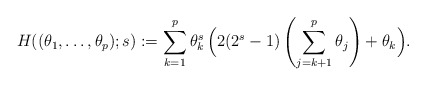
\begin{align*}H((\theta_{1},\ldots,\theta_{p});s):=\sum_{k=1}^{p}\theta_{k}^{s}\,\Big(2 (2^s-1) \left(\sum_{j=k+1}^{p}\theta_{j}\right)+\theta_{k}\Big).\end{align*}